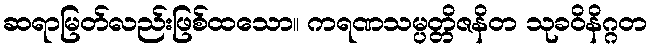
ဆရာမြတ်လည်းဖြစ်ထသော။ ကရဏသမ္ပတ္တိဇနိတ သုခဝိနိဂ္ဂတ